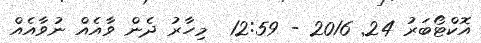
އޮކްޓޯބަރު 24